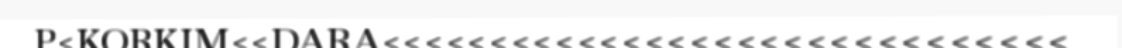
P<KORKIM<<DARA<<<<<<<<<<<<<<<<<<<<<<<<<<<<<<